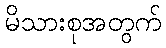
မိသားစုအတွက်